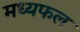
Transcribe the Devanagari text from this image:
मध्यफल